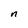
Character: n